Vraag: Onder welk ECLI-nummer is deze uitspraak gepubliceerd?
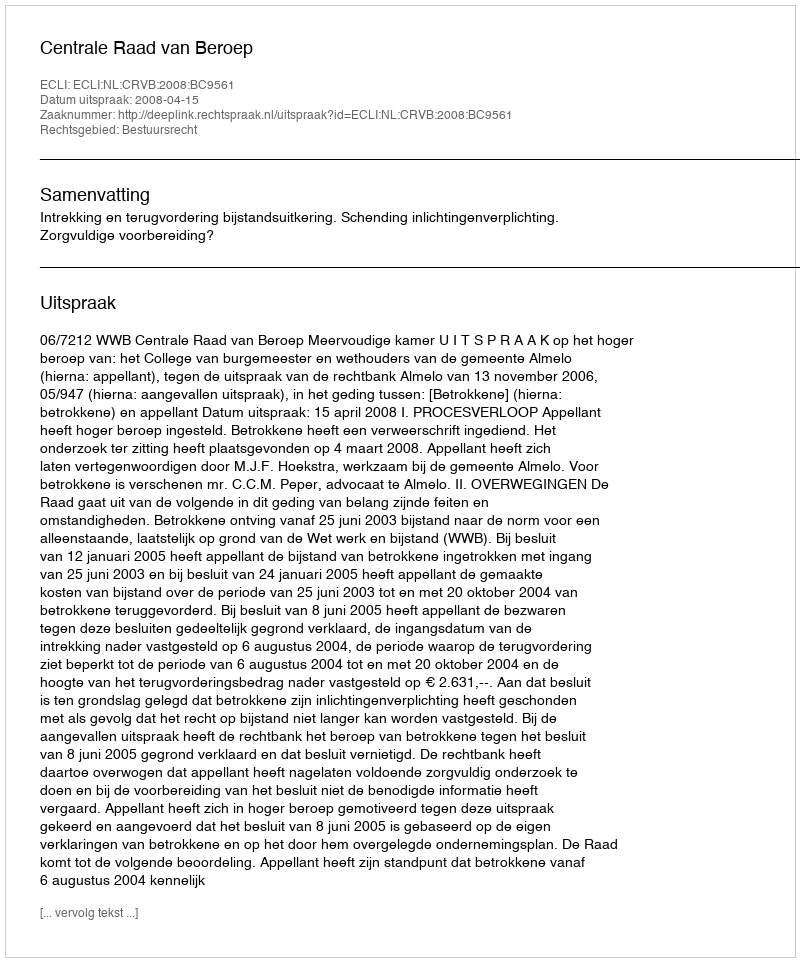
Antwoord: ECLI:NL:CRVB:2008:BC9561